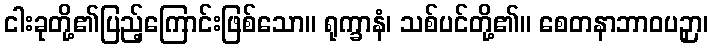
ငါးခုတို့၏ပြည့်ကြောင်းဖြစ်သော။ ရုက္ခာနံ၊ သစ်ပင်တို့၏။ စေတနာဘာဝပဉှာ၊